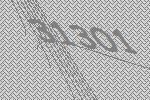
31301